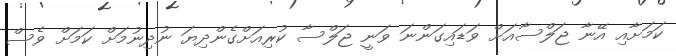
ކަމަށާއި އޭނާ ޖަލްސާއަށް ވަޑައިގަންނަ ވަނީ ޖަލްސާ ކުރިއަށްގެންދިޔަ ނުދިނުމަށް ކަމަށް ވެސް